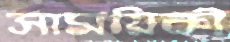
সাময়িকী